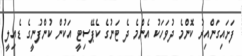
ފަށައިގަންއިރު ކޮންމެ ދުވަހަކު އެންމެ ދެ ޓަނުގެ ކެޕޭސިޓީ އަކުން ކުންފުނީގެ ޑެއިލީ